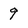
Character: 9